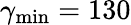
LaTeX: \gamma_{\mathrm{min}}=130